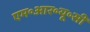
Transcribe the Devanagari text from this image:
एम॰आर॰यू॰सी